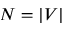
N = | V |